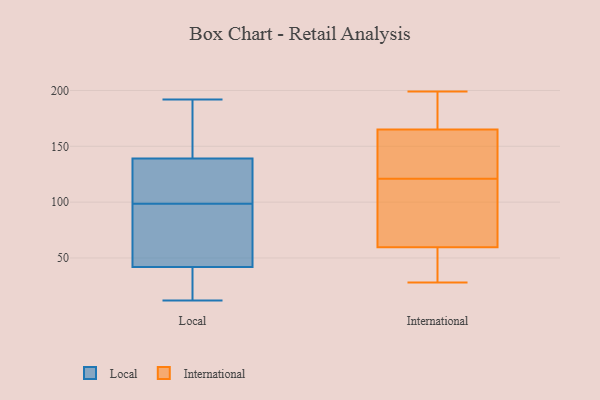
{"axis": {"x": "Customer Acquisition Cost (USD)", "y": "Value"}, "legend": ["International", "Local"], "data": [{"x": "", "y": 90, "type": "Local"}, {"x": "", "y": 150, "type": "Local"}, {"x": "", "y": 25, "type": "Local"}, {"x": "", "y": 12, "type": "Local"}, {"x": "", "y": 102, "type": "Local"}, {"x": "", "y": 57, "type": "Local"}, {"x": "", "y": 42, "type": "Local"}, {"x": "", "y": 25, "type": "Local"}, {"x": "", "y": 105, "type": "Local"}, {"x": "", "y": 190, "type": "Local"}, {"x": "", "y": 14, "type": "Local"}, {"x": "", "y": 139, "type": "Local"}, {"x": "", "y": 122, "type": "Local"}, {"x": "", "y": 83, "type": "Local"}, {"x": "", "y": 192, "type": "Local"}, {"x": "", "y": 159, "type": "Local"}, {"x": "", "y": 95, "type": "Local"}, {"x": "", "y": 117, "type": "Local"}, {"x": "", "y": 30, "type": "International"}, {"x": "", "y": 174, "type": "International"}, {"x": "", "y": 28, "type": "International"}, {"x": "", "y": 59, "type": "International"}, {"x": "", "y": 136, "type": "International"}, {"x": "", "y": 173, "type": "International"}, {"x": "", "y": 111, "type": "International"}, {"x": "", "y": 113, "type": "International"}, {"x": "", "y": 119, "type": "International"}, {"x": "", "y": 199, "type": "International"}, {"x": "", "y": 35, "type": "International"}, {"x": "", "y": 182, "type": "International"}, {"x": "", "y": 157, "type": "International"}, {"x": "", "y": 60, "type": "International"}, {"x": "", "y": 123, "type": "International"}, {"x": "", "y": 137, "type": "International"}]}